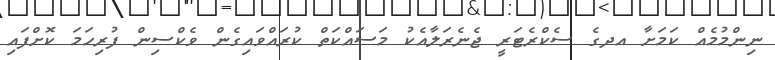
ނިންމުމެއް ކަމަށާ އދގެ ސެކްރެޓަރީ ޖެނެރަލާއެކު މަސައްކަތް ކުރައްވައިގެން ވެކްސިން ފުރިހަމަ ކޮށްފައި